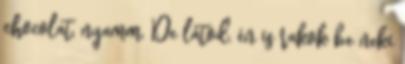
chocolat, nyamm. De látod, én is rakok be neki